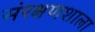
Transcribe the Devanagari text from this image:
संरक्षणशाला